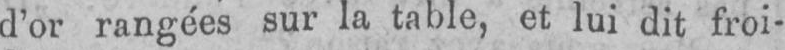
d’or rangées sur la table, et lui dit froi-